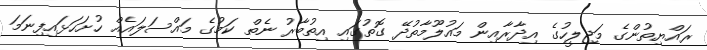
ރައްޔިތުންގެ މަޖިލީހުގެ އިދާރާއިން މައުލޫމާތުދޭ ގޮތުގައި އިތުބާރު ނެތް ކަމުގެ މައްސަލައެއް ހުށަހަޅައިފިނަމަ